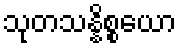
သုတသန္နိစ္စယော